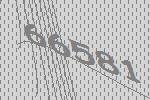
66581